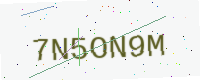
Text: 7N5ON9M